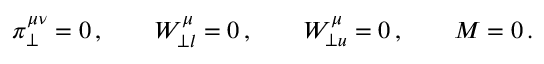
\pi _ { \perp } ^ { \mu \nu } = 0 \, , \qquad W _ { \perp l } ^ { \mu } = 0 \, , \qquad W _ { \perp u } ^ { \mu } = 0 \, , \qquad M = 0 \, .